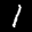
Label: 1